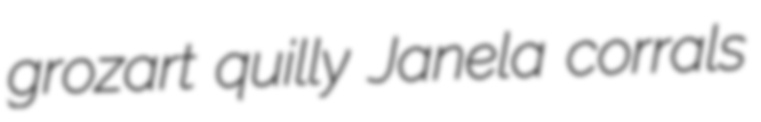
grozart quilly Janela corrals